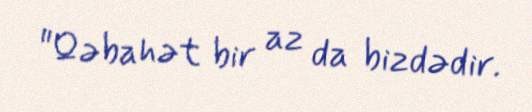
"Qəbahət bir az da bizdədir.